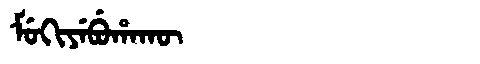
Manchu: ᠮᡠᡴᡳᠶᡝᠪᡠᡥᠠᡴᡡ
Romanization: MUKIYEBUHAKŪ